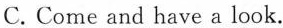
C.Come and have a look.